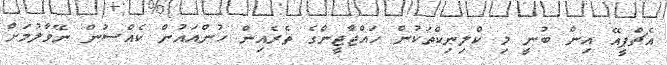
އެޗްޕީއޭ އިން ބުނީ މި ކްލިނިކްތަކުން ހައްޖާޖީންގެ ތެރެއިން ހުންއައުން ކެއްސުން ނޭވާލުމަށް